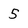
Character: 5